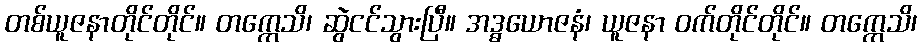
တစ်ယူဇနာတိုင်တိုင်။ တက္ကေသိ၊ ဆွဲငင်သွားပြီ။ အဒ္ဓယောဇနံ၊ ယူဇနာ ဝက်တိုင်တိုင်။ တက္ကေသိ၊